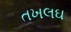
તખલઘ